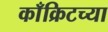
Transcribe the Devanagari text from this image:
काँक्रिटच्या